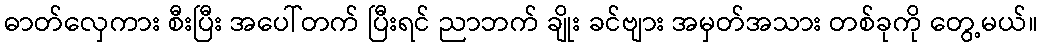
ဓာတ်လှေကား စီးပြီး အပေါ်တက် ပြီးရင် ညာဘက် ချိုး ခင်ဗျား အမှတ်အသား တစ်ခုကို တွေ့မယ်။